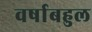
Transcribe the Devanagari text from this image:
वर्षाबहुल